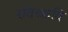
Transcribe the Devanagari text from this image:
रविच्छवि